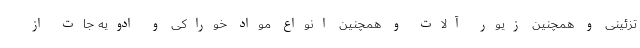
تزئینی و همچنین زیور آلات و همچنین انواع مواد خوراکی و ادویه جات از